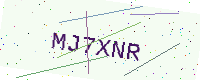
Text: MJ7XNR